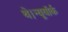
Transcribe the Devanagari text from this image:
थे।न्यूयॉर्क